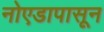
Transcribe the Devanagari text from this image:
नोएडापासून